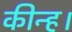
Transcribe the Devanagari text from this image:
कीन्ह।